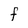
Character: f